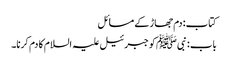
کتاب: دم جھاڑ کے مسائل
باب : نبیﷺ کو جبرئیل علیہ السلام کا دم کرنا۔